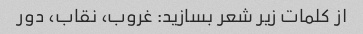
از کلمات زیر شعر بسازید: غروب، نقاب، دور